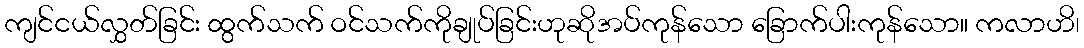
ကျင်ငယ်လွှတ်ခြင်း ထွက်သက် ဝင်သက်ကိုချုပ်ခြင်းဟုဆိုအပ်ကုန်သော ခြောက်ပါးကုန်သော။ ကလာဟိ၊